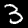
Label: 3